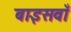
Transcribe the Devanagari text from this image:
बाइसवाँ